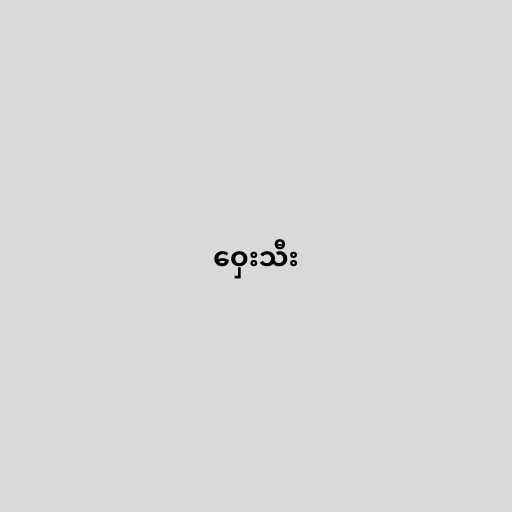
ဝှေးသီး